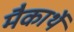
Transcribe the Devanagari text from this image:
मैकार्थे